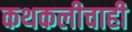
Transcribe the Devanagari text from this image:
कथकलीचाही